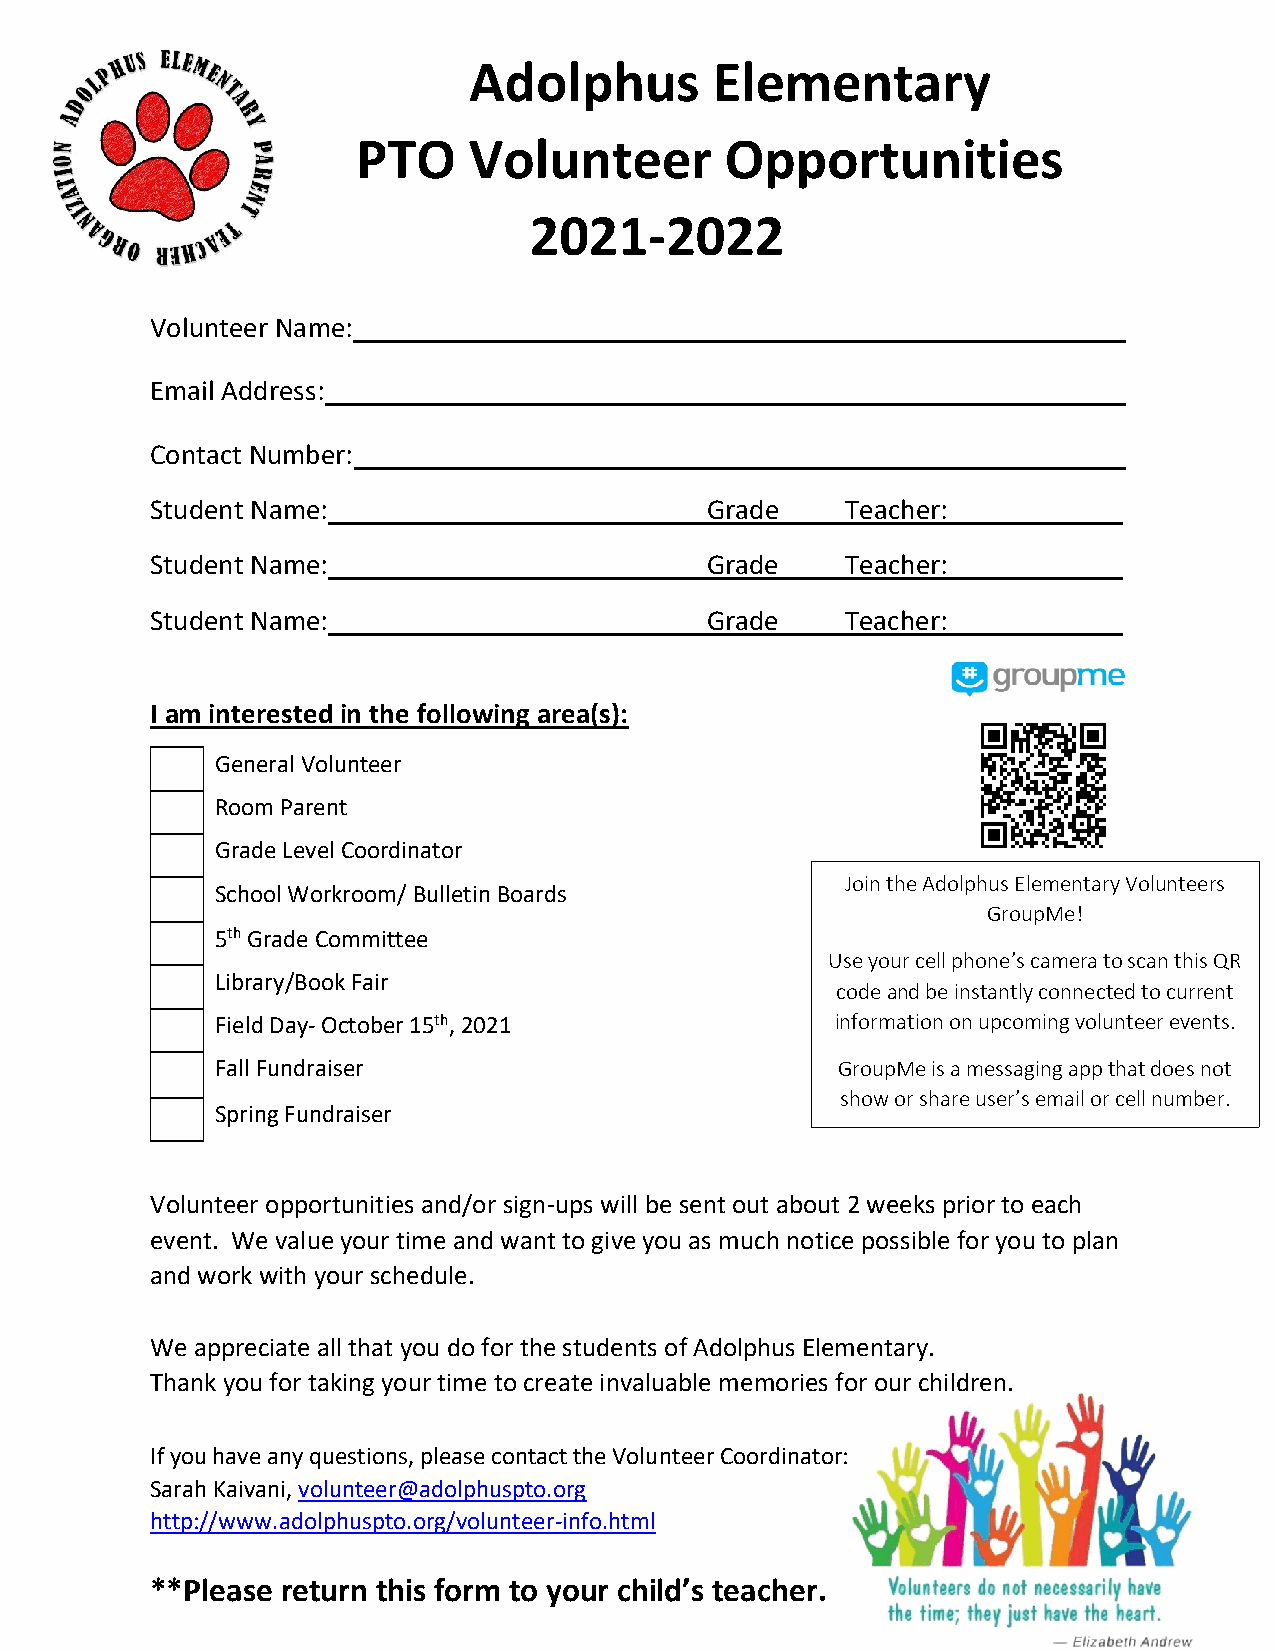
Adolphus        Elementary
 PTO    Volunteer        Opportunities
 2021-2022
 Volunteer Name:
 Email Address:
 Contact Number:                         _______
 Student Name:                 ___ ___Grade    Teacher:      _____
 Student Name:                 ___ ___Grade    Teacher:      _____
 Student Name:                 ___ ___Grade    Teacher:      _____
 I am interested in the following area(s):
 General Volunteer
 Room Parent
 Grade Level Coordinator
 Join the Adolphus Elementary Volunteers
 School Workroom/ Bulletin Boards
 GroupMe!
 5th Grade Committee
 Use your cell phone’s camera to scan this QR
 Library/Book Fair
 code and be instantly connected to current
 Field Day- October 15th, 2021            information on upcoming volunteer events.
 Fall Fundraiser                          GroupMe is a messaging app that does not
 show or share user’s email or cell number.
 Spring Fundraiser
 Volunteer opportunities and/or sign-ups will be sent out about 2 weeks prior to each
 event. We value your time and want to give you as much notice possible for you to plan
 and work with your schedule.
 We appreciate all that you do for the students of Adolphus Elementary.
 Thank you for taking your time to create invaluable memories for our children.
 If you have any questions, please contact the Volunteer Coordinator:
 Sarah Kaivani, volunteer@adolphuspto.org
 http://www.adolphuspto.org/volunteer-info.html
 **Please return this form to your child’s teacher.